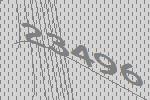
23496